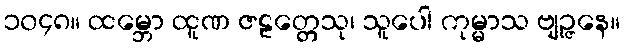
၁၀၄၈။ ထမ္ဘော ထူဏ ဇဠတ္တေသု၊ သူပေါ ကုမ္မာသ ဗျဉ္ဇနေ။